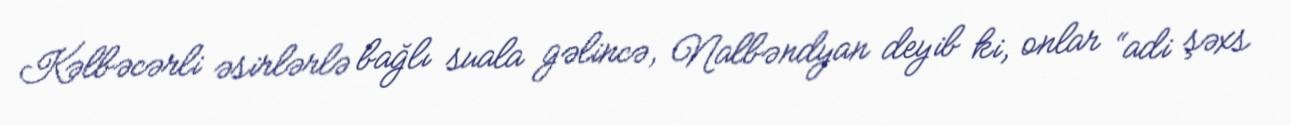
Kəlbəcərli əsirlərlə bağlı suala gəlincə, Nalbəndyan deyib ki, onlar “adi şəxs